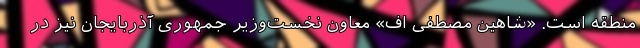
منطقه است. «شاهین مصطفی اف» معاون نخست‌وزیر جمهوری آذربایجان نیز در